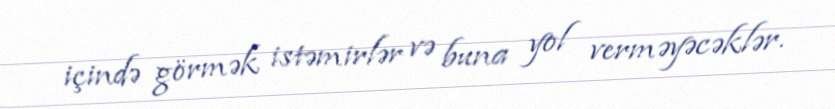
içində görmək istəmirlər və buna yol verməyəcəklər.